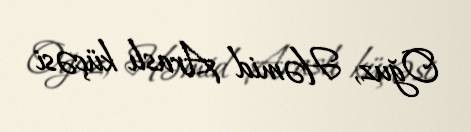
Oğuz, Həmid Araslı küçəsi